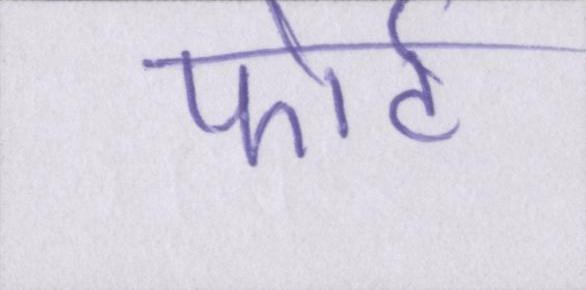
फोर्ट